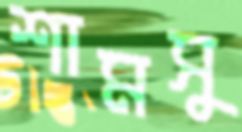
শামসু